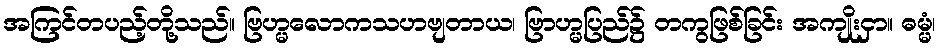
အကြင်တပည့်တို့သည်။ ဗြဟ္မလောကသဟဗျတာယ၊ ဗြာဟ္မပြည်၌ တကွဖြစ်ခြင်း အကျိုးငှာ။ ဓမ္မံ၊